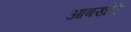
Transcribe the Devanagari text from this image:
आबखोरे